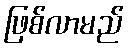
ဖြစ်လာမည်